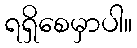
ရရှိစေမှာပါ။